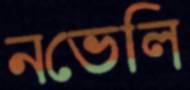
নভেলি